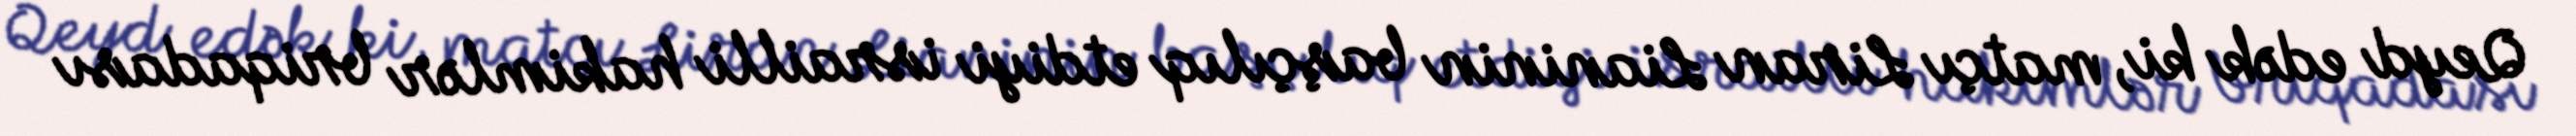
Qeyd edək ki, matçı Liran Lianinin başçılıq etdiyi israilli hakimlər briqadası